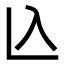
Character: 兦